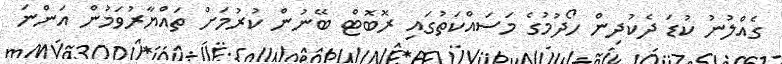
ގެއްލުނު ކުޑަ ދެކުދިން ހޯދުމުގެ މަސައްކަތުގައި ރޮބޮޓް ބޭނުން ކުރުމަށް ތައްޔާރުވަމުން އަންނަ